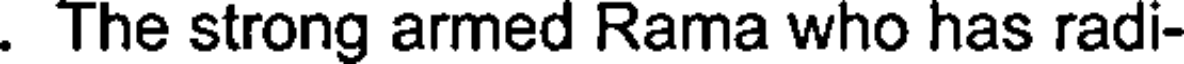
. The strong armed Rama who has radi-